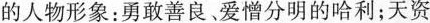
的人物形象：勇敢善良爱憎分明的哈利；天资